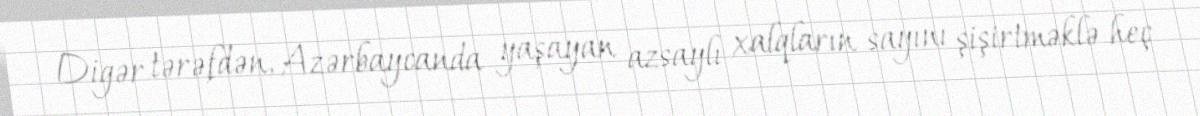
Digər tərəfdən, Azərbaycanda yaşayan azsaylı xalqların sayını şişirtməklə heç